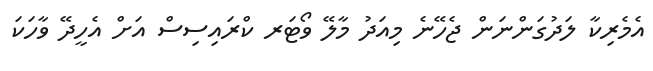
އެމެރިކާ ލަދުގަންނަން ޖެހޭނެ މިއަދު މާލޭ ވޯޓަރ ކްރައިސިސް އަށް އެހީދޭ ވާހަކަ